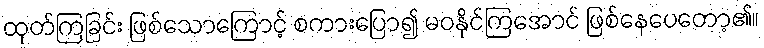
ထုတ်ကြခြင်း ဖြစ်သောကြောင့် စကားပြော၍ မဝနိုင်ကြအောင် ဖြစ်နေပေတော့၏။